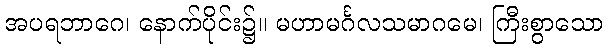
အပရဘာဂေ၊ နောက်ပိုင်း၌။ မဟာမင်္ဂလသမာဂမေ၊ ကြီးစွာသော